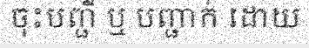
ចុះបញ្ជី ឬ បញ្ជាក់ ដោយ